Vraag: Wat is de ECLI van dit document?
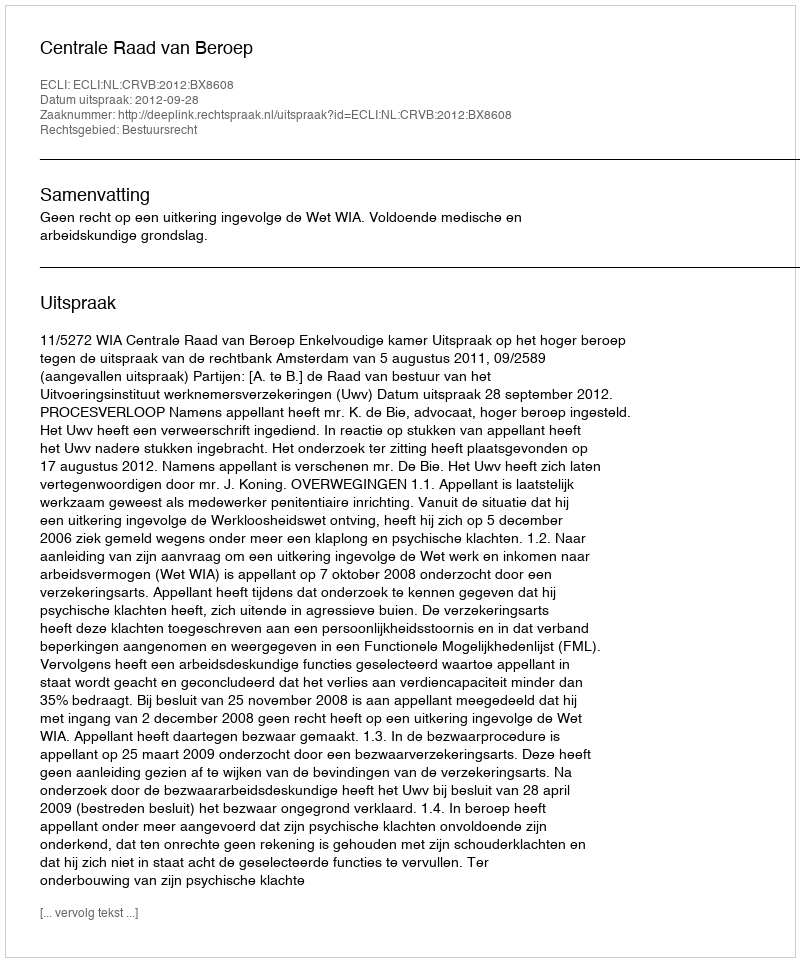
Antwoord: ECLI:NL:CRVB:2012:BX8608